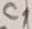
Text: C1